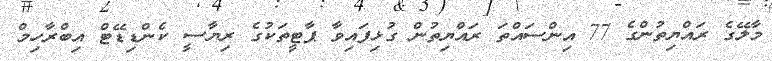
މާލޭގެ ރައްޔިތުންގެ 77 އިންސައްތަ ރައްޔިތުން ގުޅިފައިވާ ޕާޓީތަކުގެ ރިޔާސީ ކެންޑިޑޭޓް އިބްރާހިމް